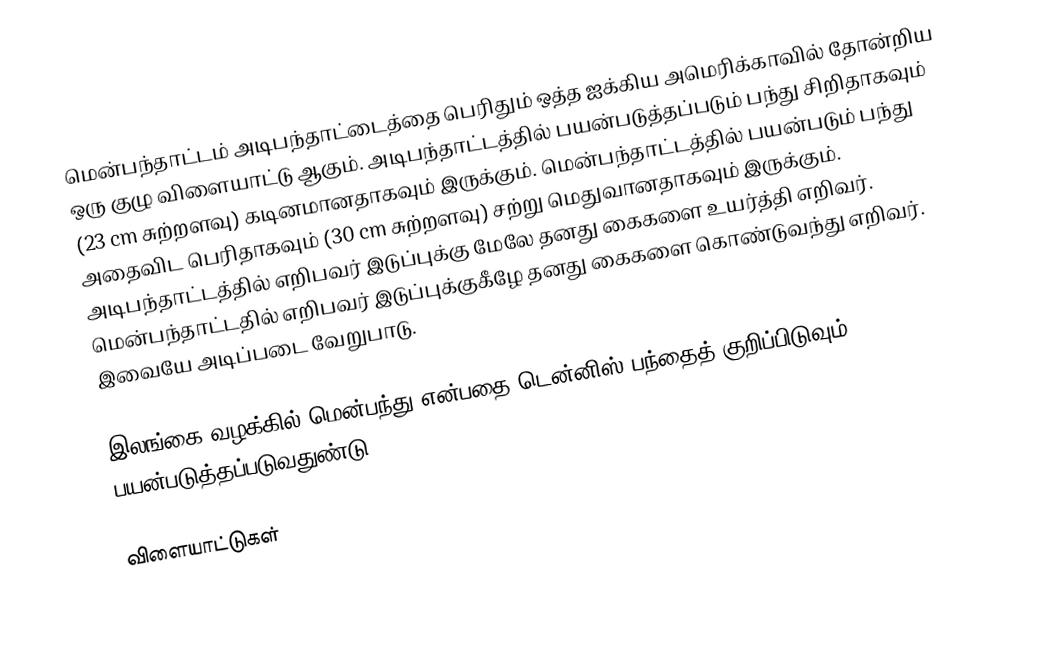
மென்பந்தாட்டம் அடிபந்தாட்டைத்தை பெரிதும் ஒத்த ஐக்கிய அமெரிக்காவில் தோன்றிய ஒரு குழு விளையாட்டு ஆகும். அடிபந்தாட்டத்தில் பயன்படுத்தப்படும் பந்து சிறிதாகவும் (23 cm சுற்றளவு) கடினமானதாகவும் இருக்கும். மென்பந்தாட்டத்தில் பயன்படும் பந்து அதைவிட பெரிதாகவும் (30 cm சுற்றளவு) சற்று மெதுவானதாகவும் இருக்கும். அடிபந்தாட்டத்தில் எறிபவர் இடுப்புக்கு மேலே தனது கைகளை உயர்த்தி எறிவர். மென்பந்தாட்டதில் எறிபவர் இடுப்புக்குகீழே தனது கைகளை கொண்டுவந்து எறிவர். இவையே அடிப்படை வேறுபாடு.

இலங்கை வழக்கில் மென்பந்து என்பதை டென்னிஸ் பந்தைத் குறிப்பிடுவும் பயன்படுத்தப்படுவதுண்டு.

விளையாட்டுகள்